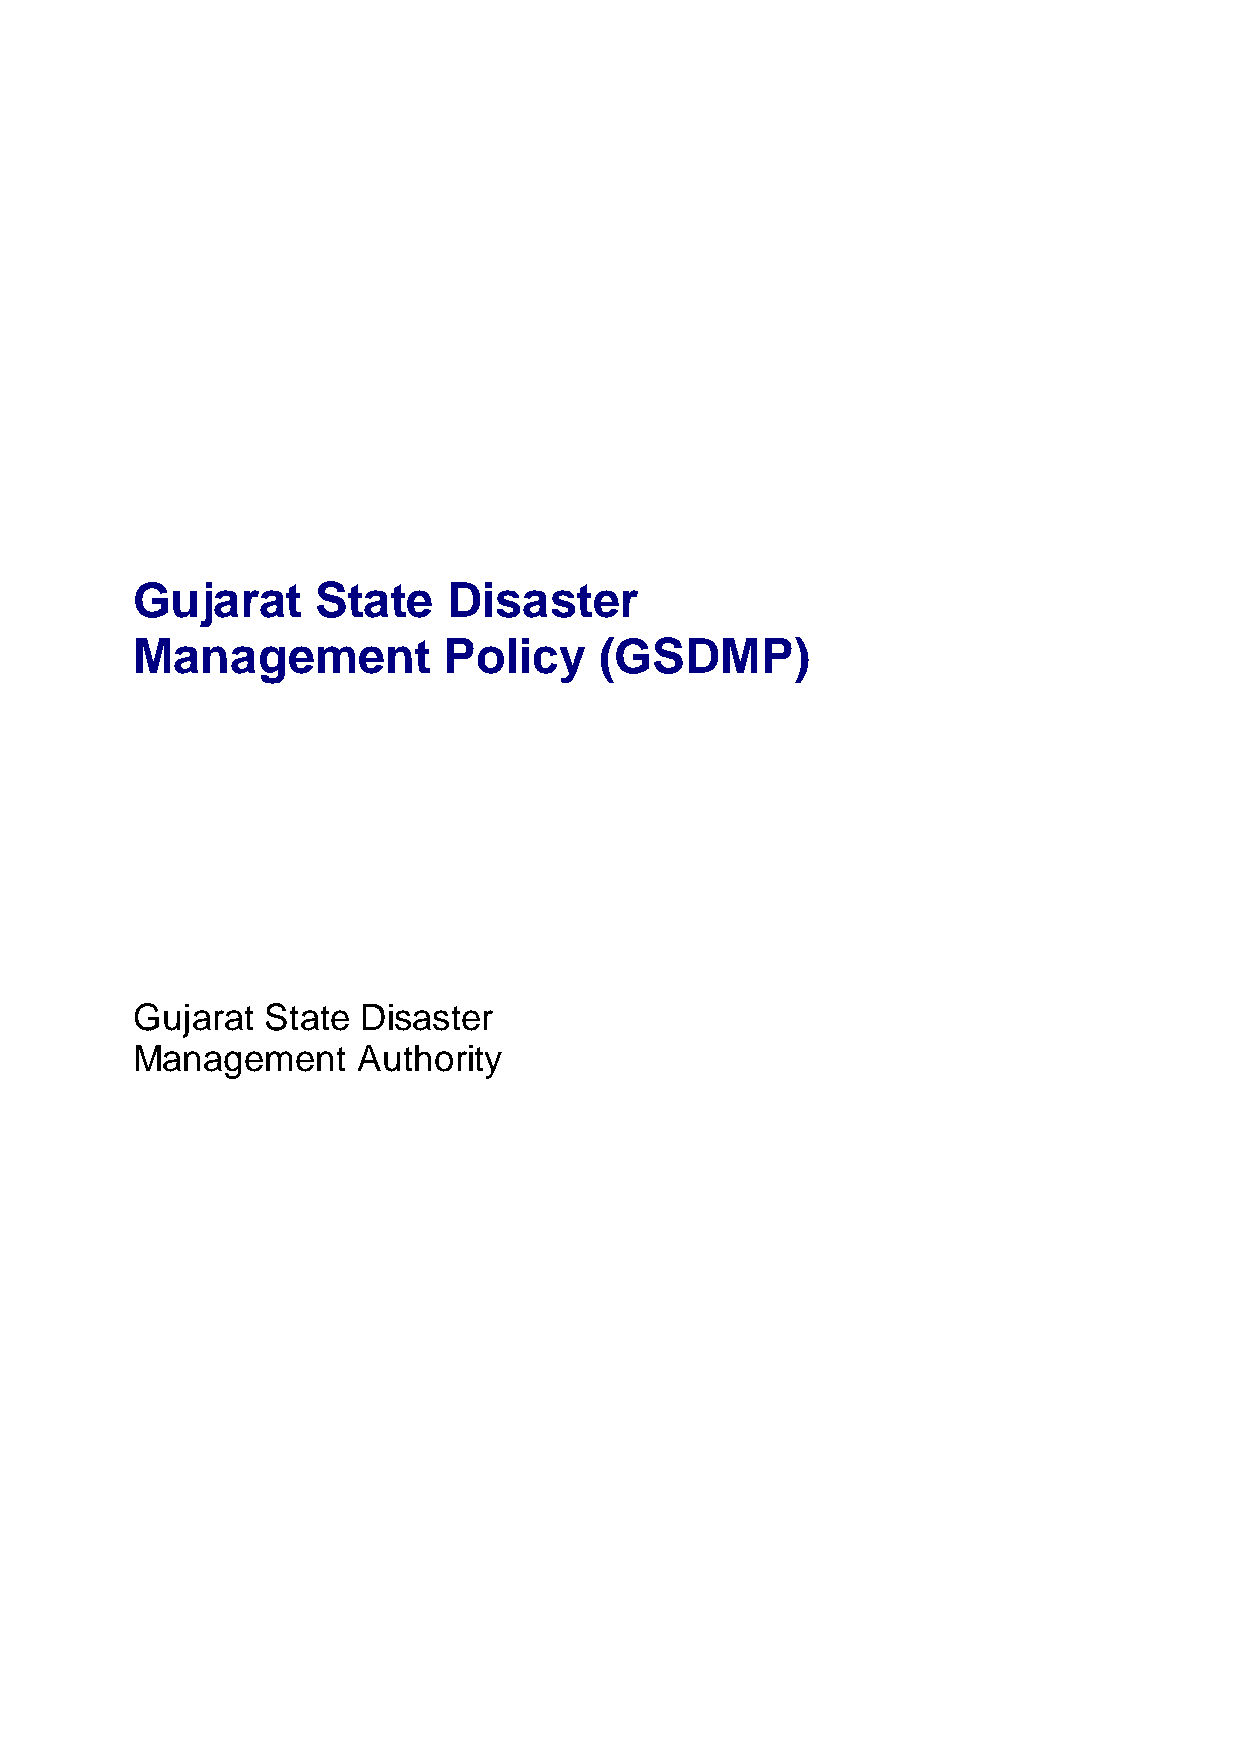
=
 Gujarat     State    Disaster
 Management          Policy     (GSDMP)
 Gujarat  State Disaster
 Management     Authority